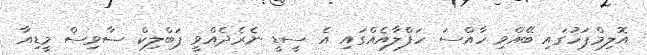
އޮލިމްޕަހުގައި ބޭއްވި ހާއްސަ ހަފްލާއެއްގައި އެ ސީޑީ ނެރެދެއްވީ ޕަބްލިކް ސާވިސް މީޑިއާ